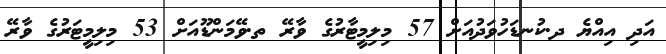
އަދި އިއްޔެ ދ.ކުނޑަހުވަދުއަށް 57 މިލިމީޓާރުގެ ވާރޭ ތ.ވޭމަންޑޫއަށް 53 މިލިމީޓަރުގެ ވާރޭ